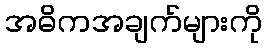
အဓိကအချက်များကို